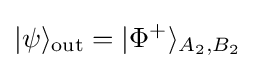
|\psi \rangle _{\rm {out}}=|\Phi ^{+}\rangle _{A_{2},B_{2}}